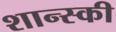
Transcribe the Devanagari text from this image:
शान्स्की